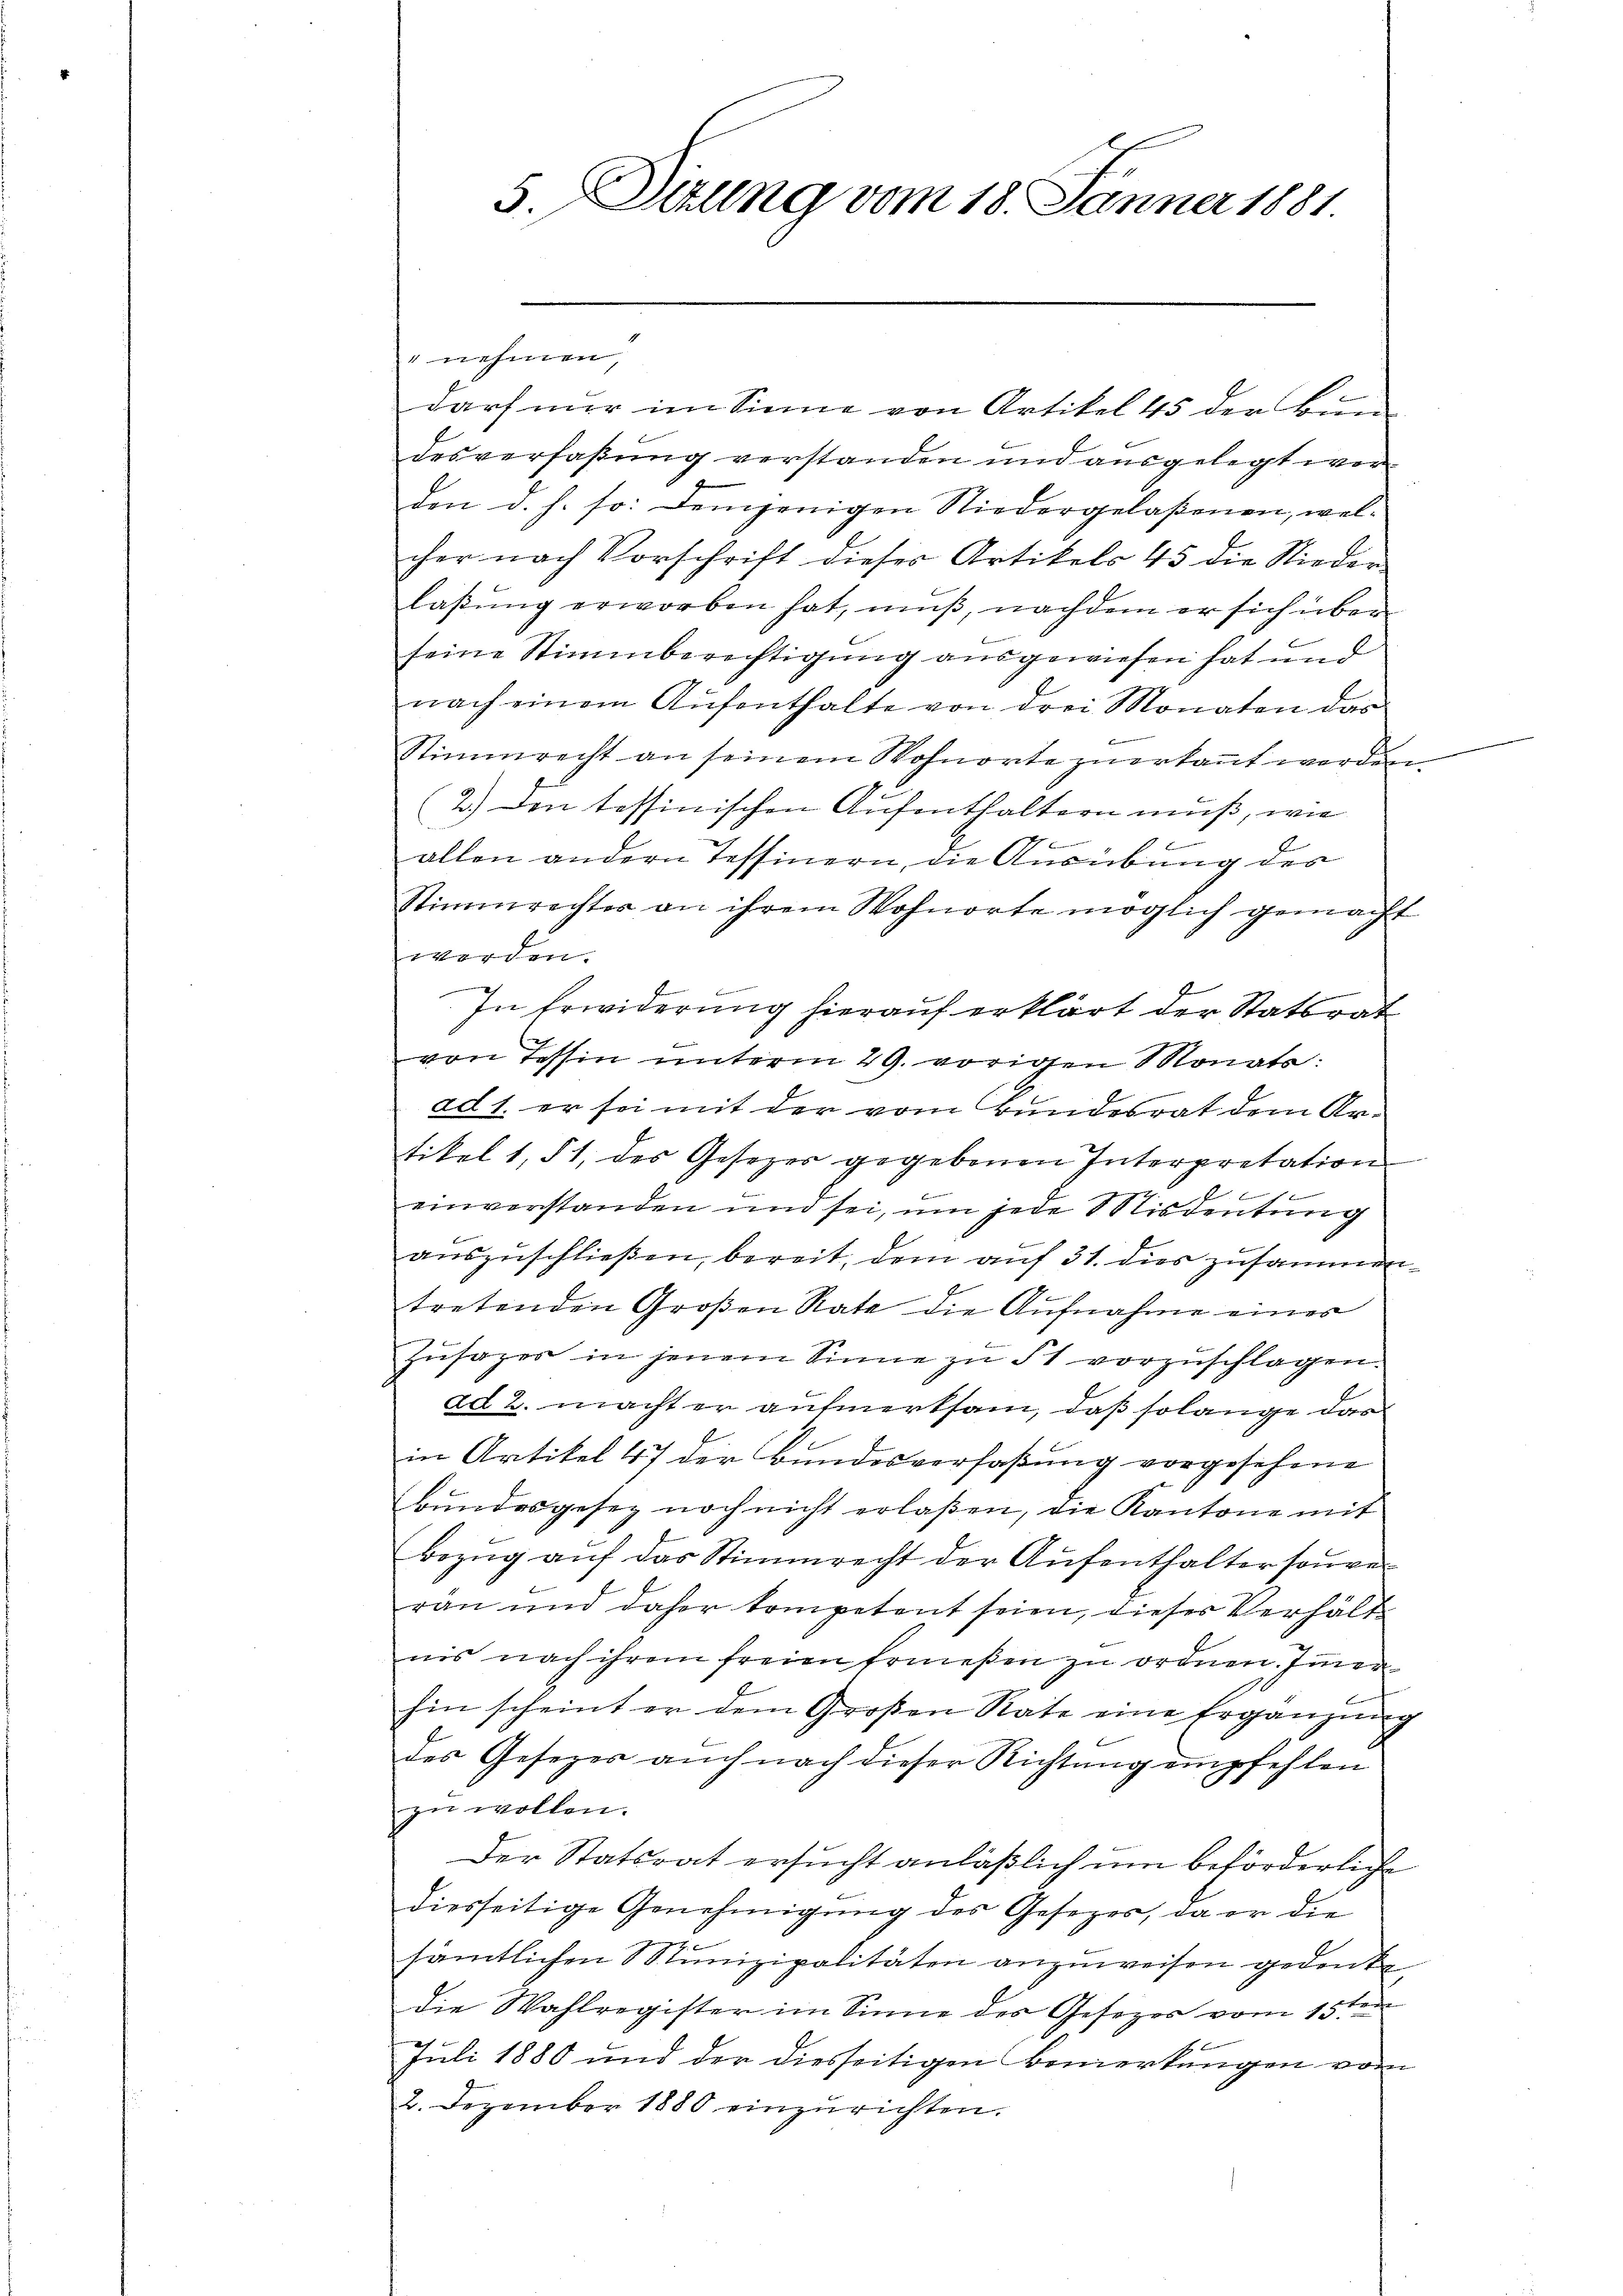
5. Situng vom 18. Jänner 1881

" nehmen,
darf nur im Sinne von Artikel 45 der Bun-
desverfaßung verstanden und ausgelegt werden d. h. so: demjenigen Niedergelaßenen, welcher nach Vorschrift dieser Artikels 45 die Nieder
laßung erworben hat, muß, nachdem er sich über
seine Stimmberechtigung ausgewiesen hat und
nach einem Aŭfenthalte von drei Monaten das
.
Stimmrecht an seinem Wohnorte zuerkannt werden.
2.) Den tessinischen Aufenthaltern muß, wie
.

f
allen andern Tessinern, die Ausübung des
Stimmrechter an ihrem Wohnorte möglich gemacht
Werde
e
In Erwiderung hierauf erklärt der Statsrat
von Tessin unterm 29. vorigen Monats:
ad 1. er sei mit der vom Bundesrat dem Artikel 1, § 1, des Gesetzer gegebenen Interpretation
f
h
einverstanden und sei, um jede Misdeutung
auszuschließen, bereit, dem auf 31. dies zusammentretenden Großen Rate die Aufnahme einer
Zŭsazer in jenem Sinne zu St vorzŭschlagen.
ad 2. macht er aufmerksam, daß solange das
in Artikel 47 der Bundesverfaßung vorgesehene
Bundesgesez noch nicht erlaßen, die Kantone mit
Bezŭg aŭf das Stimmrecht der Aŭfenthalter souver
rän und daher kompetent seien, dieses Verhält
nis nach ihrem freien Ermeßen zu ordnen. Immer
hin scheint er dem Großen Rate eine Ergänzŭng
des Gesezes auch nach dieser Richtŭng empfehlen
zŭ wollen.
Der Statsrat ersucht anläßlich um beförderliche
diesseitige Genehmigŭng des Gesetzes, da er die
sämtlichen Munizipalitäten anzuweisen gedenke
die Wahlregister im Sinne des Gesezer vom 15ten
Juli 1880 und der diesseitigen Bemerkungen vom
2. Dezember 1880 einzurichten.